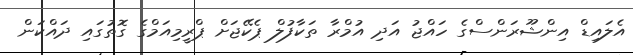
އެލައިޑް އިންޝޫރަންސްގެ ހައްޖު އަދި އުމްރާ ތަކާފުލް ޕެކޭޖަށް ޕްރީމިއަމްގެ ގޮތުގައި ދައްކަން